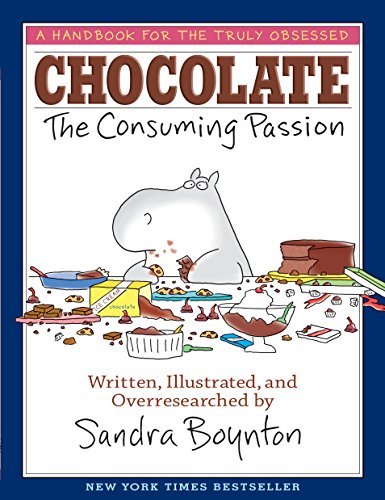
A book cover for CHOCOLATE: The Consuming Passion; Sandra Boynton; Comics & Graphic Novels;